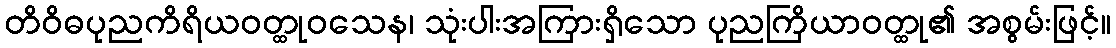
တိဝိဓပုညကိရိယဝတ္ထုဝသေန၊ သုံးပါးအကြားရှိသော ပုညကြိယာဝတ္ထု၏ အစွမ်းဖြင့်။